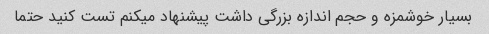
بسیار خوشمزه و حجم اندازه بزرگی داشت پیشنهاد میکنم تست کنید حتما